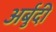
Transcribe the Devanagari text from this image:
अर्बुदी